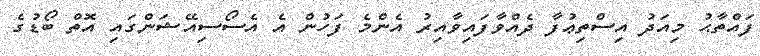
ފައްތާޙު މިއަދު އިސްތިޢުފާ ދެއްވާފައިވާއިރު އެންމެ ފަހުން އެ އެސޯސިއޭޝަންގައި އޮތް ބޯޑުގެ